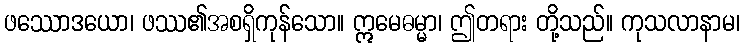
ဖဿောဒယော၊ ဖဿ၏အစရှိကုန်သော။ ဣမေဓမ္မာ၊ ဤတရား တို့သည်။ ကုသလာနာမ၊